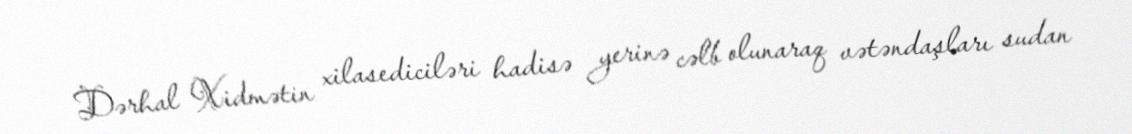
Dərhal Xidmətin xilasediciləri hadisə yerinə cəlb olunaraq vətəndaşları sudan